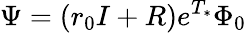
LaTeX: \Psi=(r_{0}I+R)e^{T_{*}}\Phi_{0}